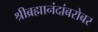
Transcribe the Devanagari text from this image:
श्रीब्रह्मानंदांबरोबर